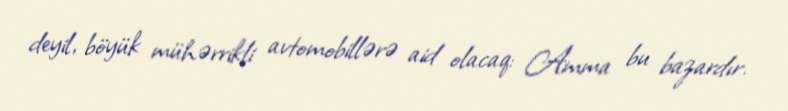
deyil, böyük mühərrikli avtomobillərə aid olacaq: Amma bu bazardır.